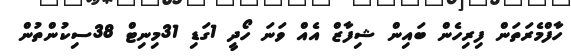
ހާފްމެރަތަން ފިރިހެން ބައިން ޝިފާޒް އެއް ވަނަ ހޯދީ 1ގަޑި 31މިނިޓް 38ސިކުންތުން